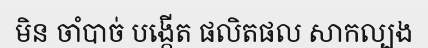
មិន ចាំបាច់ បង្កើត ផលិតផល សាកល្បង